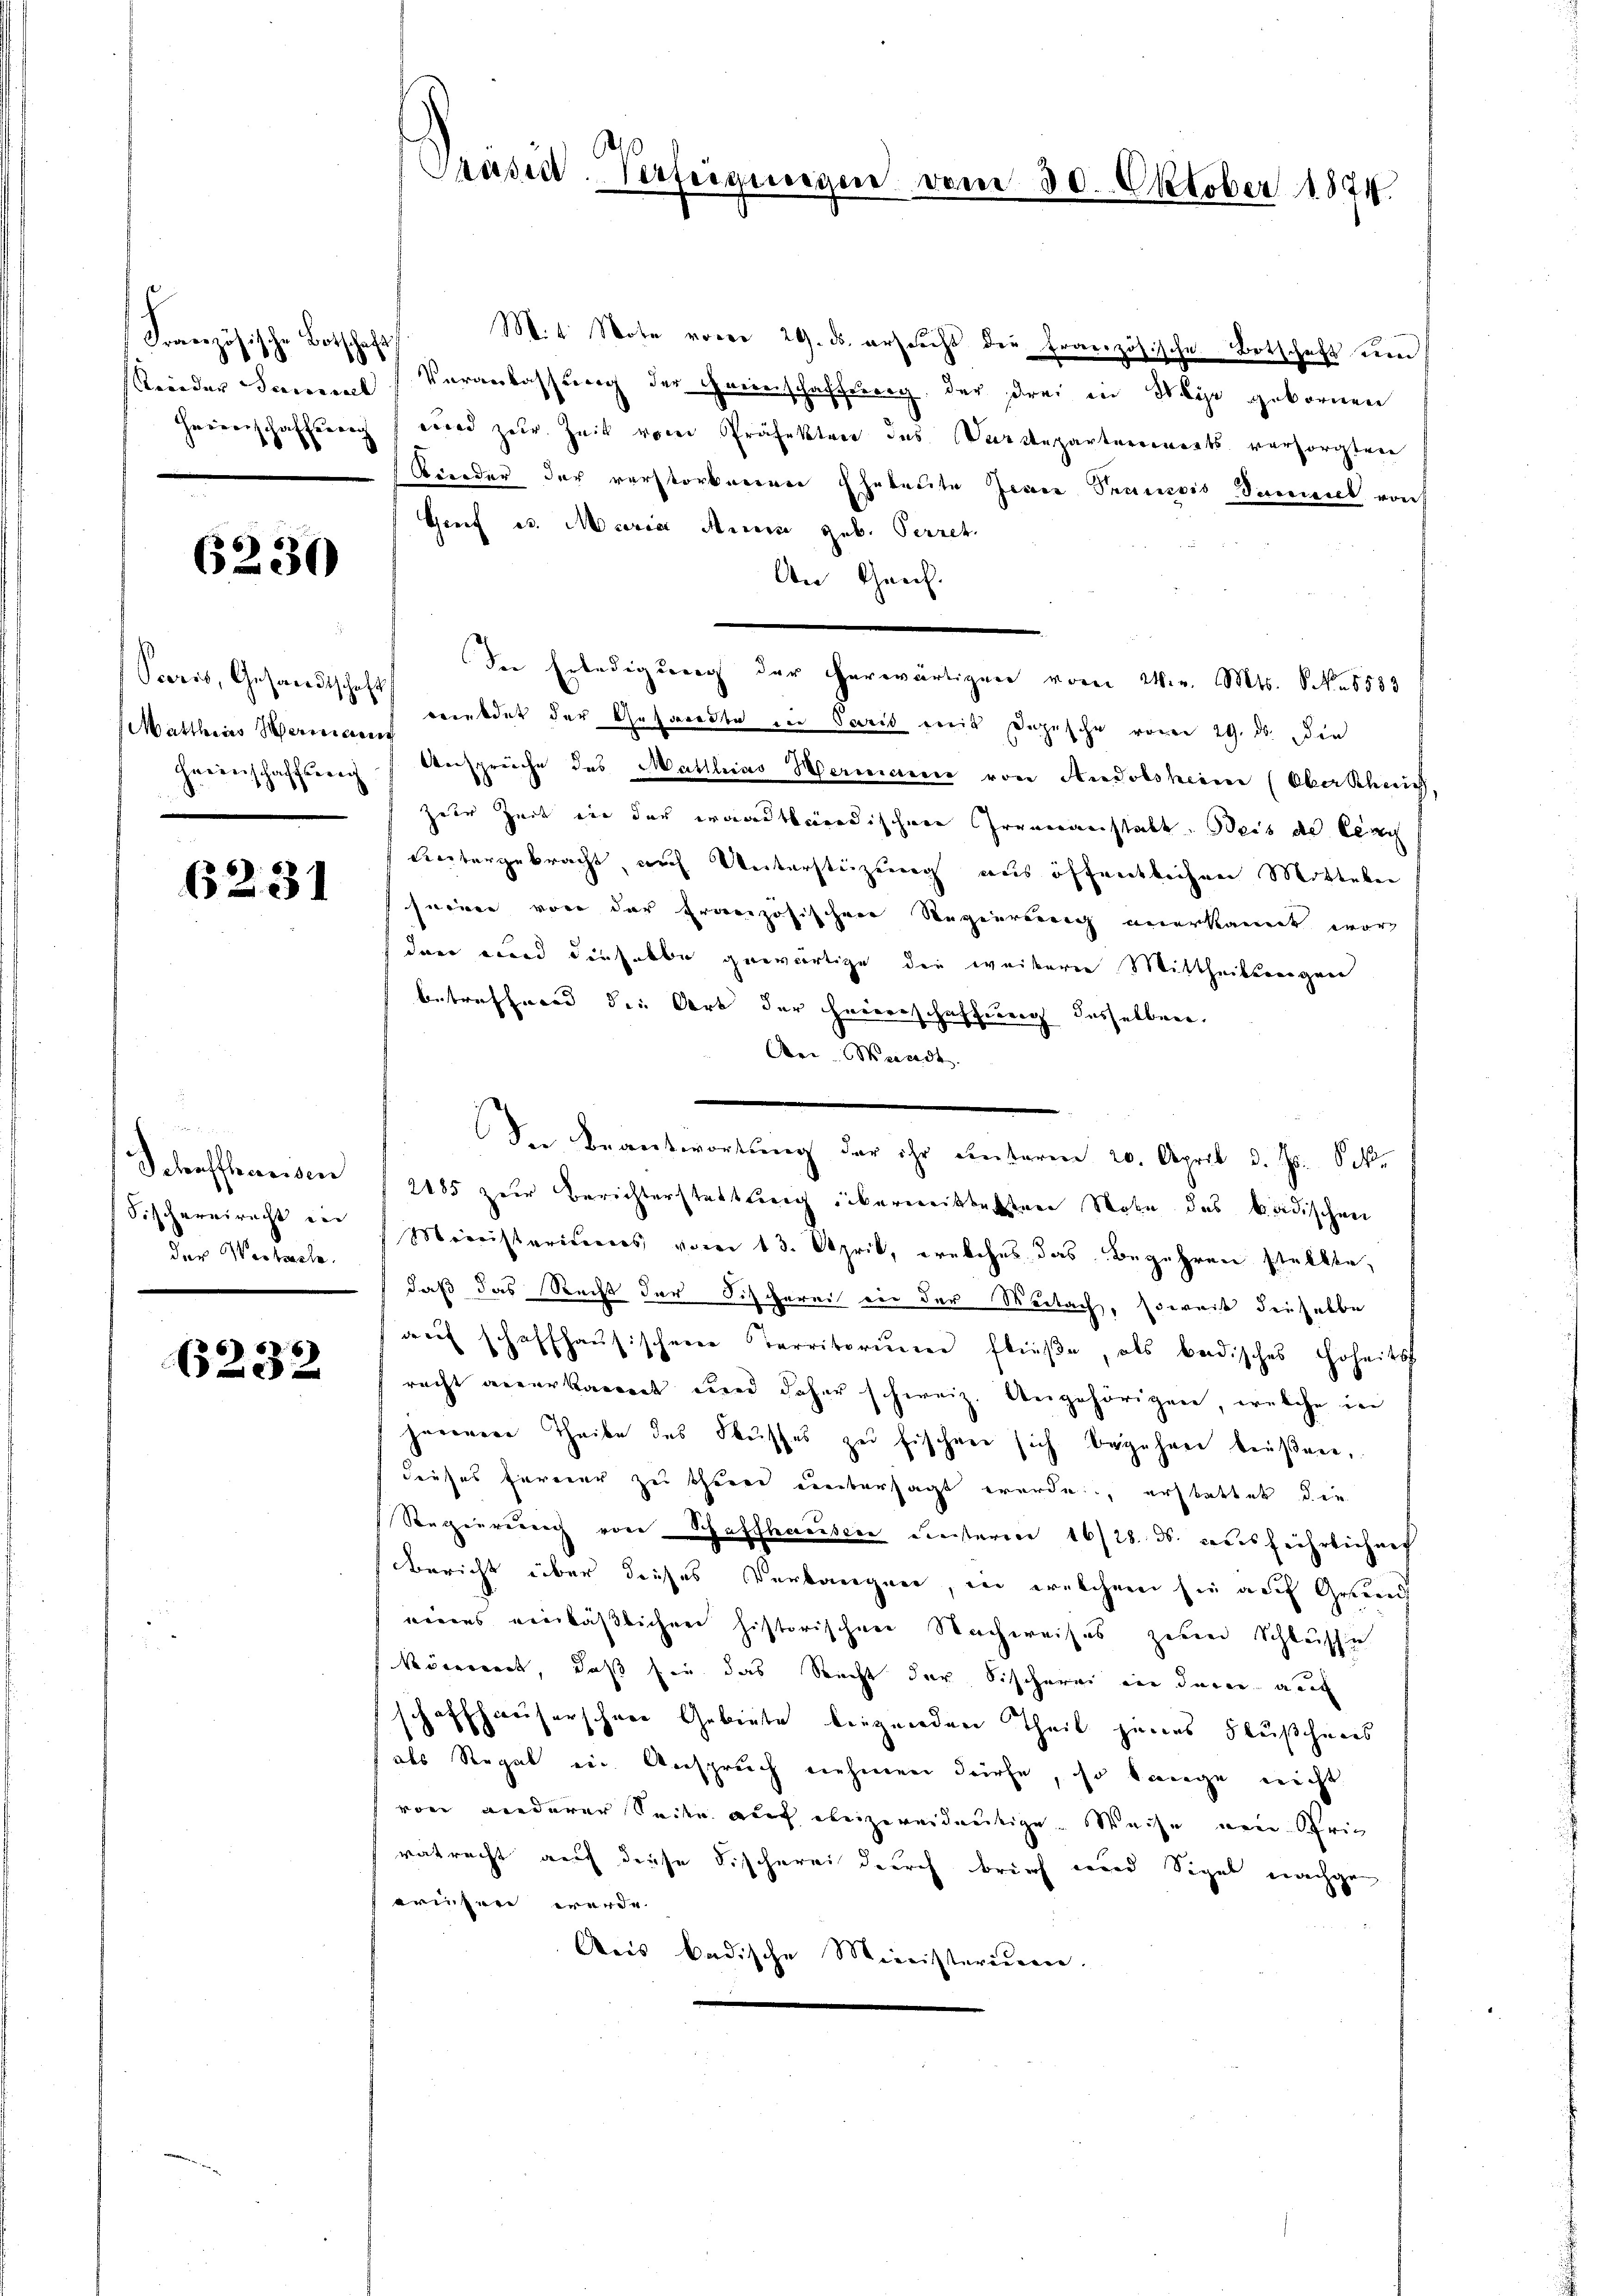
Französische Botschaft

6230

Matthias Mariann

6231

Schaffenden
Fischereirecht in
der Westrache.

6232

M.t Note vorer 29. ds. ersucht der französische Botschaft un
skinder Sammel Veranlassung der Feinschaffung, der drei in Mayr gebornen
Herrerschaffung wird zur Zeit vom Präfekter das Darstepartenwarts versorgten
Rieder der verstorbeeren Eheleute Jener Prancois Daniel von
Greif es. Maria Auer geb. Perret
An Geich.
der Erledigung der herwärtigen vom 24. v. Mts. No 6583
Paris, Gesandtschaft meldet der Gesandte in Paris mit Depesche vom 29. ds. die
Herenschaffung Ansprüche des Matthias Hermann von Andelsheim (Oberschrif
zur Zeit ein der waadtländischen Irrenanstalt. Beis de Cen
Lntergebracht, nach Verterstüzung aus öffentlichen Mitteln
seiner von der Französischen Regierung anerkannt word
dner wird dieselbe gewärtige die weiterer Mittheilsangen
betreffnend die Art der Heiderschaffung desselben,
Aen Mendt.
Der Beantwortung der ihr unterm 20. April d. Js. Oek.
2185 zur Berichterstattung übermittelten Note des badischen
Ministeriens vom 13. April, welches das Begehren stellte,
daß das Recht der Fischerei in der Reitach, soweit dieselbe
aŭf schaffhaŭsischene Territorium fließe, als bedisches Hoheits
racht anerkannt und daher schweiz. Angehörigen, welche in
herenere Theile des Flusses zu Fischere sich bezahnen beißene,
dieses Eurerer zu thurn untersagt werde, erstattet die
Regierung von Baffhausen unterm 16/28. ds. ausführlichenf
Bericht über dieses Verlangen, in welchem sie auf Grund
einens einläßlichen historischen Nachweises zwei Schlusse
kömmt, daß sie das Recht der Fischerei in deren auc
schaffhauserschwer Gebiete liegenden Theil jenes Flußchens
als Regal in Anspruch nehmen dürfe, so lange nicht
von anderer Seite auf ebenzweideutige Weise von Sprich
vatrecht auf diese Fischerei durch brief wird Sigel nachge
riesen werde.
Aeis badische Ministerieren.

Präsid. Verfeigungen vom 30. Oktober 1874.